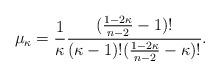
LaTeX: \begin{align*}\mu_{\kappa}=\frac{1}{\kappa}\frac{(\frac{1 -2\kappa}{n-2}-1)!}{(\kappa-1)!(\frac{1 -2 \kappa}{n-2}-\kappa)!}.\end{align*}